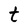
Character: t